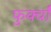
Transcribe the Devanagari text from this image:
फुर्क्वाँ